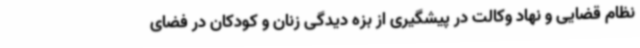
نظام قضایی و نهاد وکالت در پیشگیری از بزه دیدگی زنان و کودکان در فضای